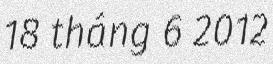
18 tháng 6 2012